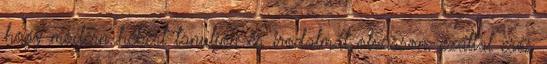
hogy modern hébert tanuljon és irodalmat olvasson, ezáltal erős